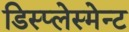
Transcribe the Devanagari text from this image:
डिस्प्लेस्मेन्ट